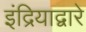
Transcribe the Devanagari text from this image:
इंद्रियाद्वारे